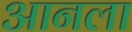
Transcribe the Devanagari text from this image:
आनला